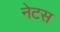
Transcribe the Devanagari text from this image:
नेटस